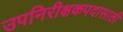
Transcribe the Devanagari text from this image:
उपनिरीक्षकपदासाठी